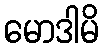
မောဒါမိ